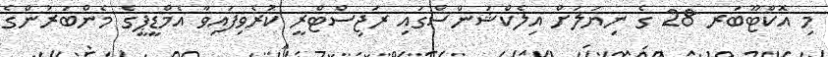
މި އޮކްޓޫބަރ 28 ގެ ނިޔަލަށް އިލެކްޝަންސްގައި ރަޖިސްޓްރީ ކުރެވިފައިވާ އެމްޑީޕީގެ މެންބަރުންގެ